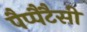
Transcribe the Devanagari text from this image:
पैप्पैटैसी